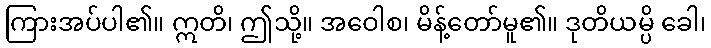
ကြားအပ်ပါ၏။ ဣတိ၊ ဤသို့။ အဝေါစ၊ မိန့်တော်မူ၏။ ဒုတိယမ္ပိ ခေါ၊